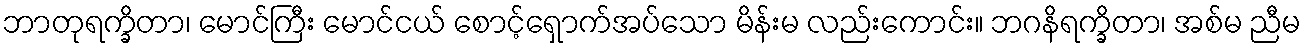
ဘာတုရက္ခိတာ၊ မောင်ကြီး မောင်ငယ် စောင့်ရှောက်အပ်သော မိန်းမ လည်းကောင်း။ ဘဂနိရက္ခိတာ၊ အစ်မ ညီမ